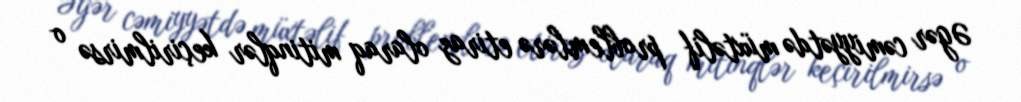
Əgər cəmiyyətdə müxtəlif problemlərə etiraz olaraq mitinqlər keçirilmirsə o